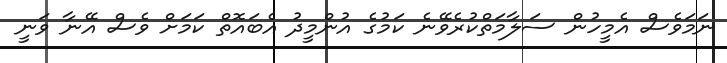
ނަމަވެސް އެމީހުން ސަލާމަތްކުރެވޭނެ ކަމުގެ އުންމީދު އެބައޮތް ކަމަށް ވެސް އޭނާ ވަނީ